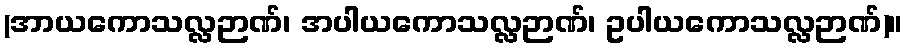
(အာယကောသလ္လဉာဏ်၊ အပါယကောသလ္လဉာဏ်၊ ဥပါယကောသလ္လဉာဏ်)။